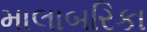
માલાબરિકા